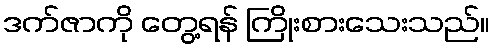
ဒက်ဇာကို တွေ့ရန် ကြိုးစားသေးသည်။